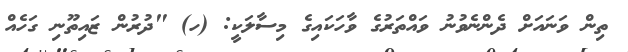
ތިން ވަނައަށް ދެންނެވުނު ވައްތަރުގެ ވާހަކައިގެ މިސާލަކީ: (ހ) "ދުރުން ޒައިތޫނި ގަހެއް